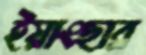
ইয়াংছার